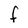
Character: F